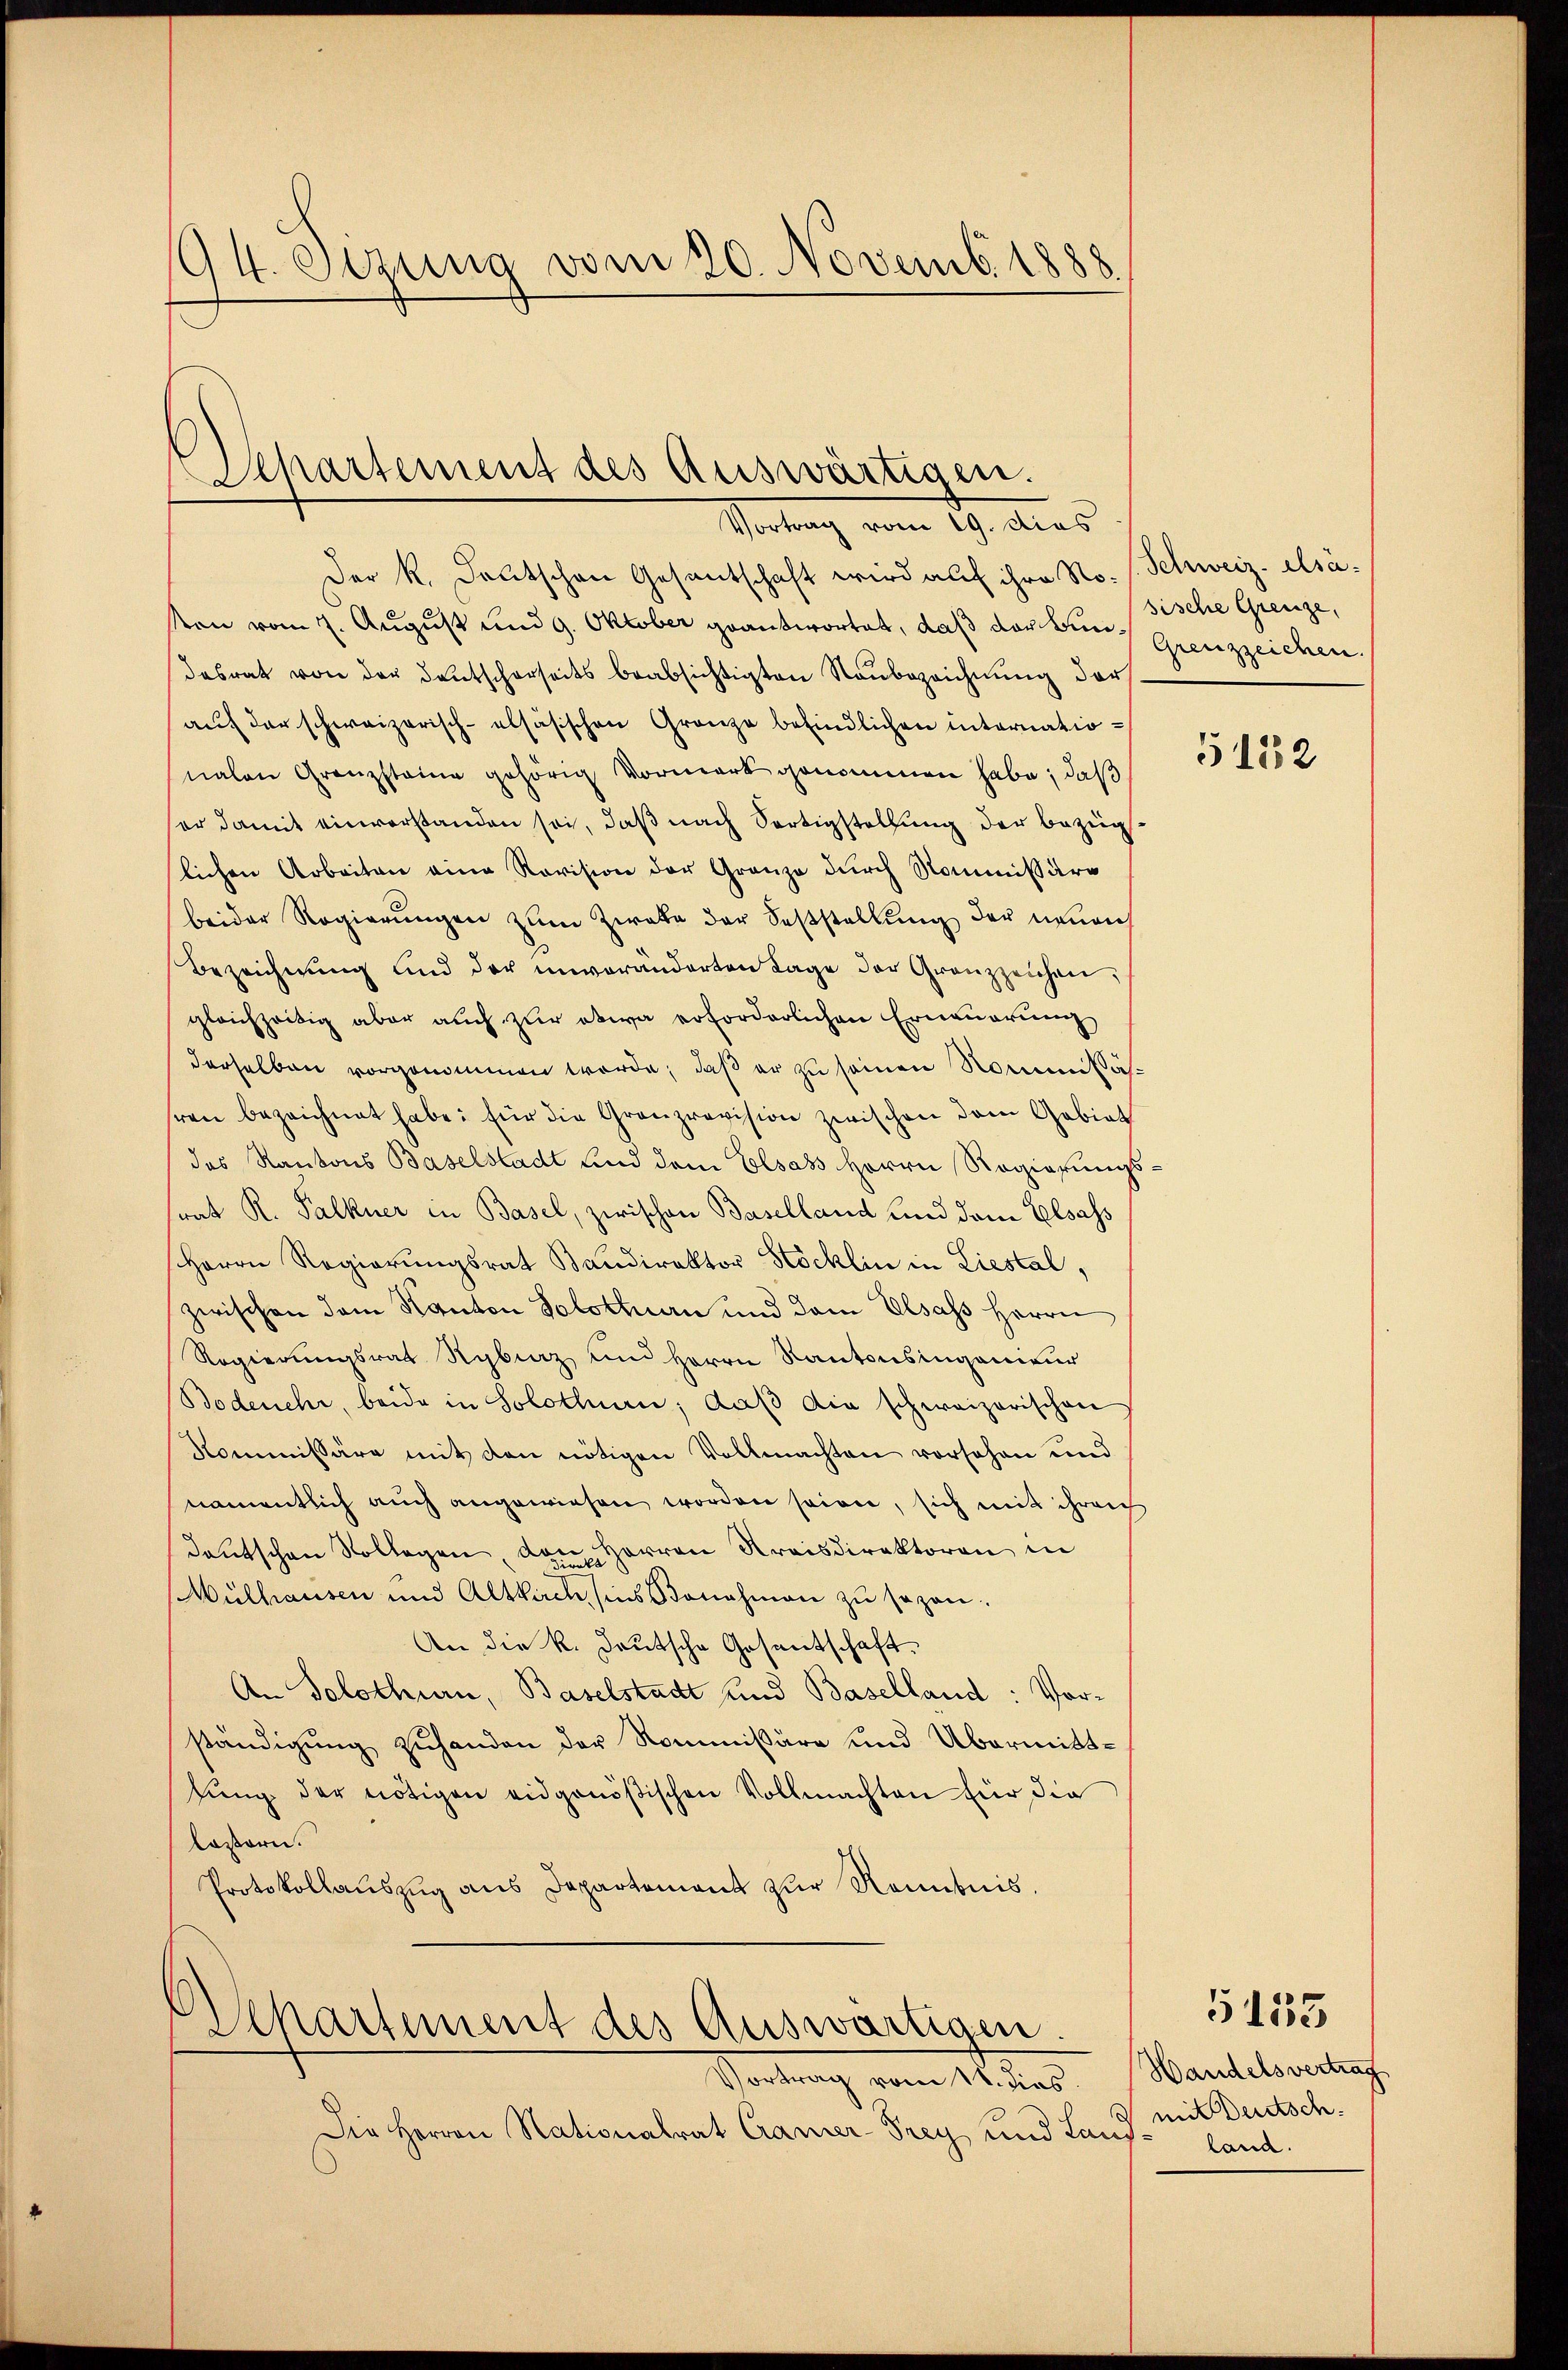
194. Sezung vom 20. Novemb. 1888

Aepartement des Auswärtigen.
Vortrag vom 19. dies

Der k. Deutschen Gesantschaft wird auf ihre No. s. Schweiz. Elsäkon vom 7. August und 9. Oktober geantwortet, daß der Bund Grenzzeichen.
desrat von der deutscherseits beabsichtigten Neŭbezeichnŭng der
auf der schweizerisch-alsäsischen Granze befindlichen internationalen Granzsteine gehörig Vormerk genommen habe, daß
ser damit einverstanden sei, daß nach Fertigstellung der Bezug
lichen Arbeiten eine Revision der Grauze durch Kommissäre
beider Regierŭngen zum Zweke der Feststellung der neuen
Bezeichnung und der unveränderten Tage der Grenzzeichen,
gleichzeitig aber auch zur etwa erforderlichen Erneuerung
derselben vorgenommen werde, daß er zu seinen Nommißäsren bezeichnet habe; für die Grauprovision zwischen dem Gebiet
des Kantons Baselstadt und dem Elsass Herrn Regierungs-
srat R. Palkner in Basel, zwischen Baselland und dem Elsass
Herrn Regierungsrat Baudirektor Höcklin in Liestal,
zwischen dem Kanton Solothurn und dem Elsass Herrn
Regierungsrat Rybraz und Herrn Kantonsingenieur
Bodenehr, beide in Solothurn, daß die schweizerischen
Kommissäre mit den nötigen Vollmachten vorschen und
namentlich auch angewiesen worden seien, sich mit ihren
deutschen Vollegen, den Herren Kreisdirektoren in
Mülhausen und Altkirch, ins Bonahmen zu sezen.
An die k. Deutsche Gesandtschaft.
An Solothurn, Baselstadt und Baselland: Vorständigung zuhanden der Kommissäre und Übermittsung der nötigen eidgenößischen Vollmachten für die
lostern.
Protokollauszug aus Departement zur Kenntnis.

Departement des Auswärtigen.
Vortrag vom 11. dies

Die Herren Nationalrat Cramer-Frey und Land

sische Grenze,

5152

Handelsvertrag
mit Deutsch.
land.

5153